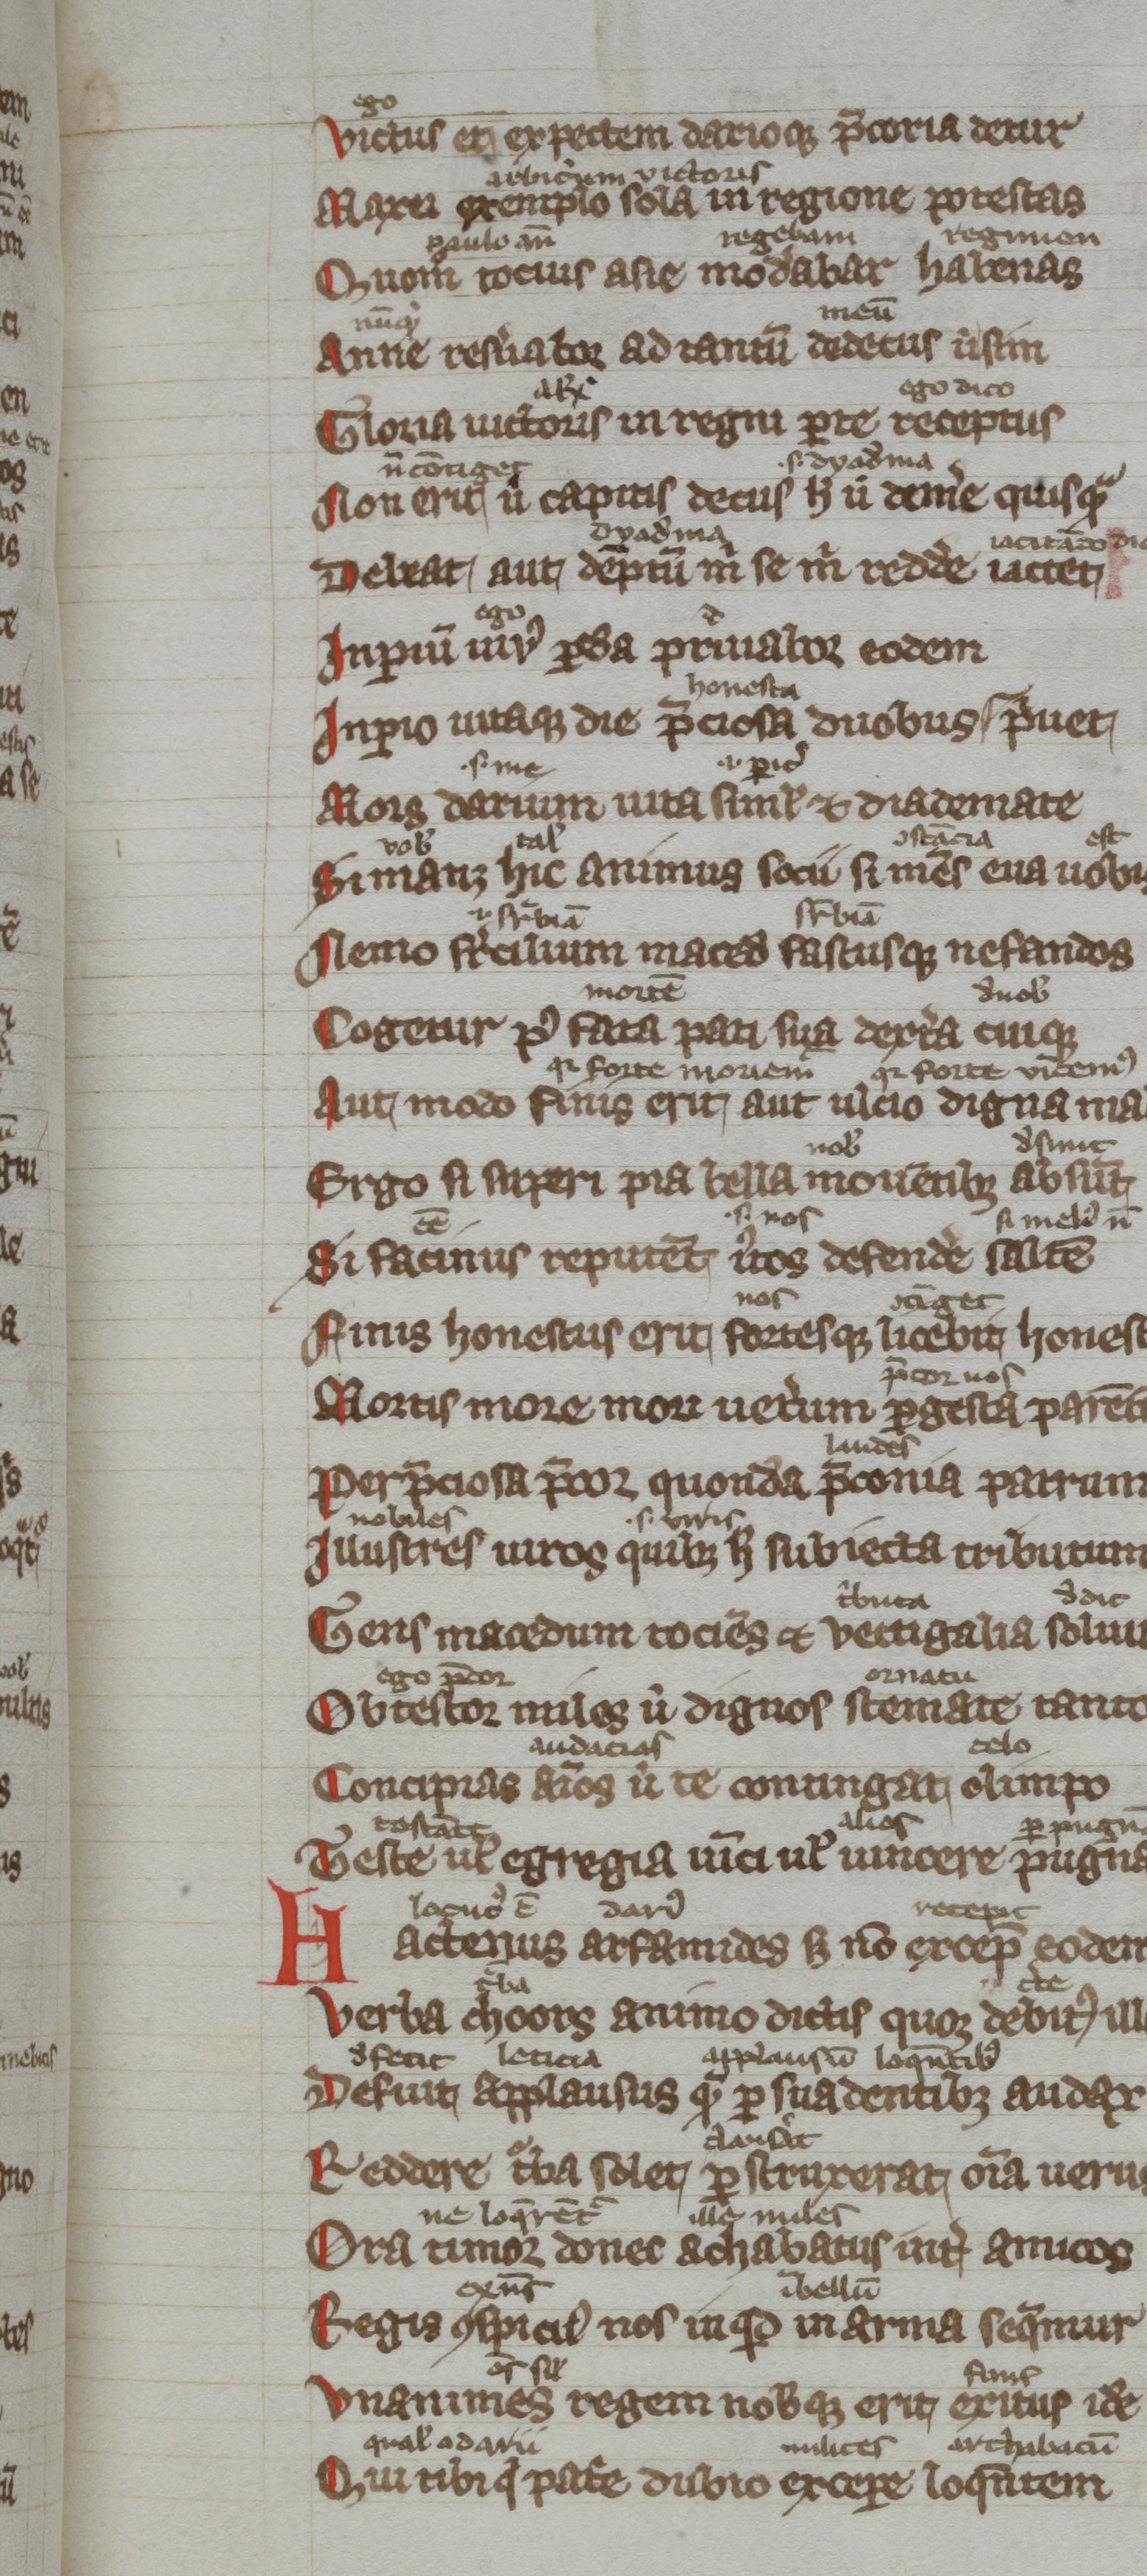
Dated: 1300–1399